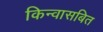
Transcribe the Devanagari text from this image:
किन्वासबित